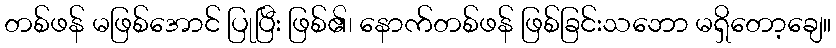
တစ်ဖန် မဖြစ်အောင် ပြုပြီး ဖြစ်၏၊ နောက်တစ်ဖန် ဖြစ်ခြင်းသဘော မရှိတော့ချေ။